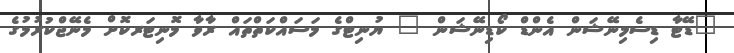
"ޑޭޓާ ޑިސެމިނޭޝަން އެންޑް ކޯޑިނޭޝަން " ޔުނިޓްގެ މަސައްކަތްތައް ރާވާ މޮނިޓަރކޮށް މެނޭޖްކުރުމުގެ